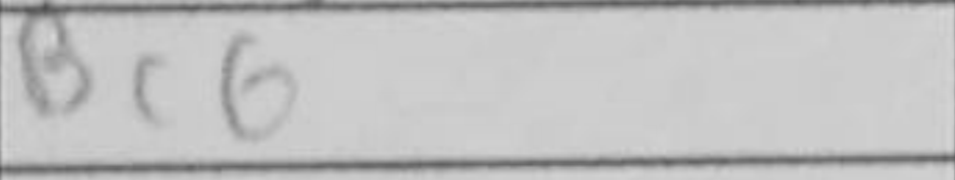
Transcription: Bc6